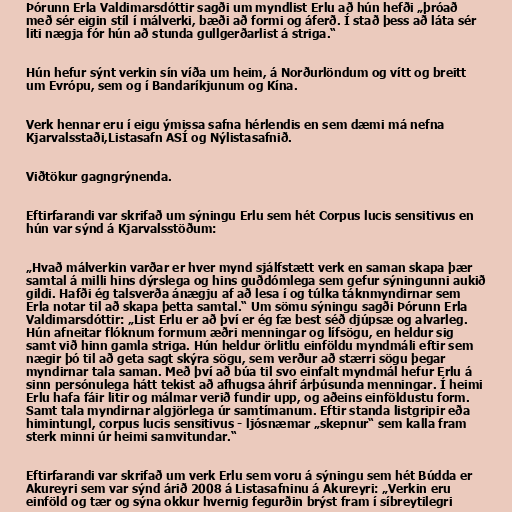
Þórunn Erla Valdimarsdóttir sagði um myndlist Erlu að hún hefði „þróað
með sér eigin stíl í málverki, bæði að formi og áferð. Í stað þess að láta sér
liti nægja fór hún að stunda gullgerðarlist á striga.“

Hún hefur sýnt verkin sín víða um heim, á Norðurlöndum og vítt og breitt
um Evrópu, sem og í Bandaríkjunum og Kína.

Verk hennar eru í eigu ýmissa safna hérlendis en sem dæmi má nefna
Kjarvalsstaði,Listasafn ASÍ og Nýlistasafnið.

Viðtökur gagngrýnenda.

Eftirfarandi var skrifað um sýningu Erlu sem hét Corpus lucis sensitivus en
hún var sýnd á Kjarvalsstöðum:

„Hvað málverkin varðar er hver mynd sjálfstætt verk en saman skapa þær
samtal á milli hins dýrslega og hins guðdómlega sem gefur sýningunni aukið
gildi. Hafði ég talsverða ánægju af að lesa í og túlka táknmyndirnar sem
Erla notar til að skapa þetta samtal.“ Um sömu sýningu sagði Þórunn Erla
Valdimarsdóttir: „List Erlu er að því er ég fæ best séð djúpsæ og alvarleg.
Hún afneitar flóknum formum æðri menningar og lífsögu, en heldur sig
samt við hinn gamla striga. Hún heldur örlitlu einföldu myndmáli eftir sem
nægir þó til að geta sagt skýra sögu, sem verður að stærri sögu þegar
myndirnar tala saman. Með því að búa til svo einfalt myndmál hefur Erlu á
sinn persónulega hátt tekist að afhugsa áhrif árþúsunda menningar. Í heimi
Erlu hafa fáir litir og málmar verið fundir upp, og aðeins einföldustu form.
Samt tala myndirnar algjörlega úr samtímanum. Eftir standa listgripir eða
himintungl, corpus lucis sensitivus - ljósnæmar „skepnur“ sem kalla fram
sterk minni úr heimi samvitundar.“

Eftirfarandi var skrifað um verk Erlu sem voru á sýningu sem hét Búdda er
Akureyri sem var sýnd árið 2008 á Listasafninu á Akureyri: „Verkin eru
einföld og tær og sýna okkur hvernig fegurðin brýst fram í síbreytilegri